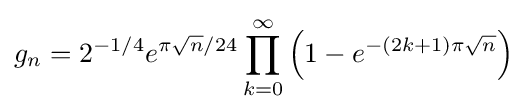
g_{n}=2^{-1/4}e^{\pi {\sqrt {n}}/24}\prod _{k=0}^{\infty }\left(1-e^{-(2k+1)\pi {\sqrt {n}}}\right)